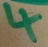
Text: 4